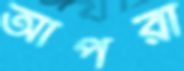
আপরা